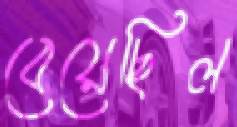
বেয়েছিল